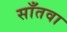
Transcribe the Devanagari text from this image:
साँतवा